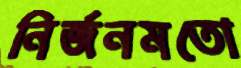
নির্জনমতো